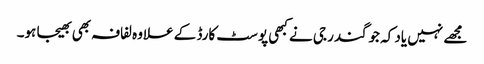
مجھے نہیں یاد کہ جوگندر جی نے کبھی پوسٹ کارڈ کے علاوہ لفافہ بھی بھیجا ہو۔